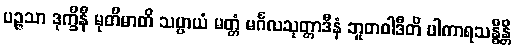
ပဉ္ဇသာ ဒုက္ခိနီ မုတိမာတိ သပ္ပာယံ မတ္တံ မင်္ဂလသုတ္တာဒီနံ ဘူတဝါဒီတိ ပါကာရသန္ဓိန္တိ